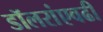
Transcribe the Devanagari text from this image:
डॉलरांएवढी